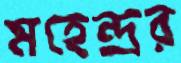
মহেন্দ্রর